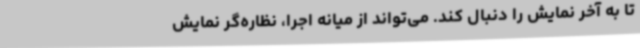
تا به آخر نمایش را دنبال کند. می‌تواند از میانه اجرا، نظاره‌گر نمایش